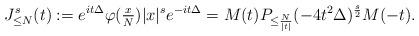
LaTeX: \begin{align*}J_{\leq N}^s(t) := e^{it\Delta} \varphi(\tfrac{x}{N})|x|^s e^{-it\Delta} = M(t) P_{\leq \frac{N}{|t|}}(-4t^2\Delta)^{\frac{s}{2}}M(-t).\end{align*}